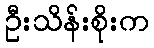
ဦးသိန်းစိုးက